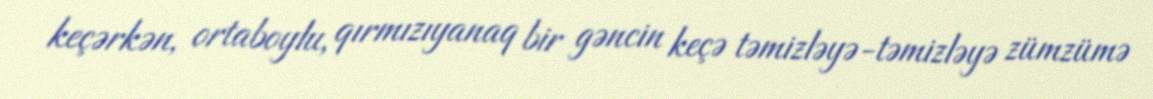
keçərkən, ortaboylu, qırmızıyanaq bir gəncin keçə təmizləyə-təmizləyə zümzümə